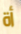
أة